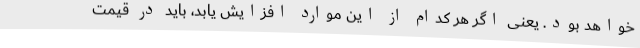
خواهد بود. یعنی اگر هر کدام از این موارد افزایش یابد، باید در قیمت